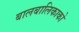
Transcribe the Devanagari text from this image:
बालबालिकाको